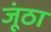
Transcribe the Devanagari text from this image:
जूंठा